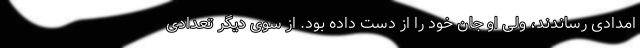
امدادی رساندند، ولی او جان خود را از دست داده بود. از سوی دیگر تعدادی